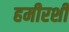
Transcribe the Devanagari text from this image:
हमीरशी